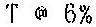
T @ 6%